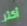
أكثر